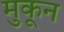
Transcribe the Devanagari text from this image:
मुकून